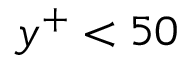
y ^ { + } < 5 0